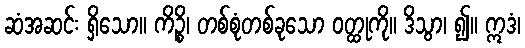
ဆံအဆင်း ရှိသော။ ကိဉ္စိ၊ တစ်စုံတစ်ခုသော ဝတ္ထုကို။ ဒိသွာ၊ ၍။ ဣဒံ၊